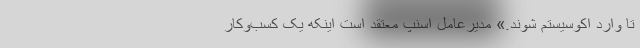
تا وارد اکوسیستم شوند.» مدیرعامل اسنپ معتقد است اینکه یک کسب‌و‌کار